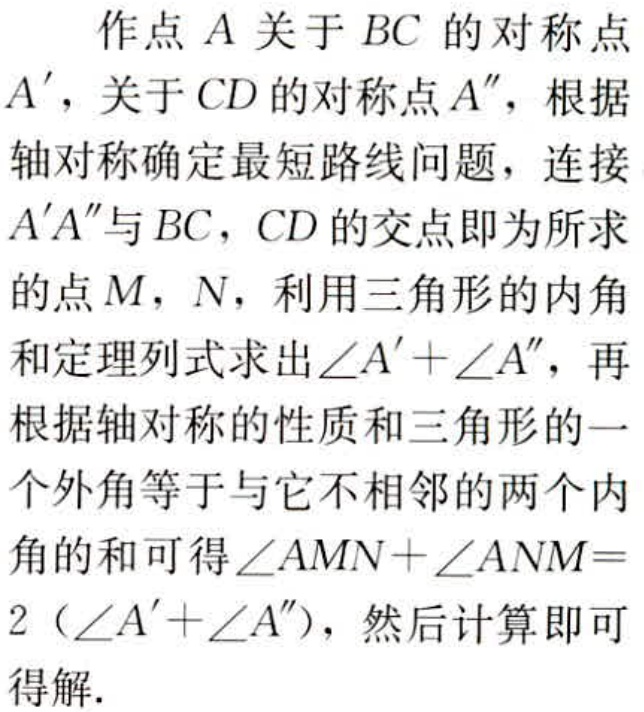
作点 \(A\) 关于 \(BC\) 的对称点 \(A'\)，关于 \(CD\) 的对称点 \(A''\)，根据轴对称确定最短路线问题，连接 \(A'A''\) 与 \(BC\)，\(CD\) 的交点即为所求的点 \(M\)，\(N\)，利用三角形的内角和定理列式求出 \(\angle A'+\angle A''\)，再根据轴对称的性质和三角形的一个外角等于与它不相邻的两个内角的和可得 \(\angle AMN+\angle ANM = 2(\angle A'+\angle A'')\)，然后计算即可得解.